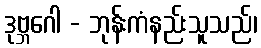
ဒုဗ္ဘဂေါ - ဘုန်းကံနည်းသူသည်၊